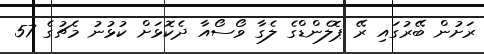
ރަށުން ބޭރުގައި ރޭ ޕޮލެންޑްގެ ލެގާ ވޯސޯއާ ދެކޮޅަށް ކުޅުނު މެޗުގެ 57